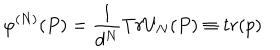
LaTeX: \varphi ^ { \left( N \right) } ( P ) = \frac { 1 } { d ^ { N } } T r U _ { N } ( P ) \equiv t r ( p )